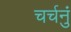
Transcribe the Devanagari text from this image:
चर्चनुं